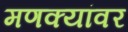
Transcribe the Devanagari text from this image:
मणक्यांवर